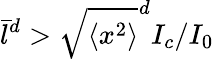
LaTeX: \bar{l}^{d}>\sqrt{\langle x^{2}\rangle}^{d}I_{c}/I_{0}